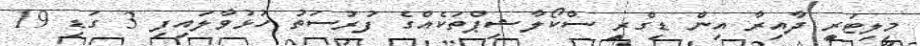
މިލިޓަރީ ދާއިރާ އިން ޑިގްރީ ސްކޯލާޝިޕްތަކެއްގެ ފުރުސަތު ހުޅުވާލައިފި 3 ގަޑި 19